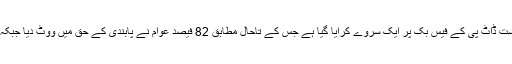
واضح رہے کہ اس پر سیاست ڈاٹ پی کے فیس بک پر ایک سروے کرایا گیا ہے جس کے تاحال مطابق 82 فیصد عوام نے پابندی کے حق میں ووٹ دیا جبکہ 18 فیصد نے مخالفت کی۔